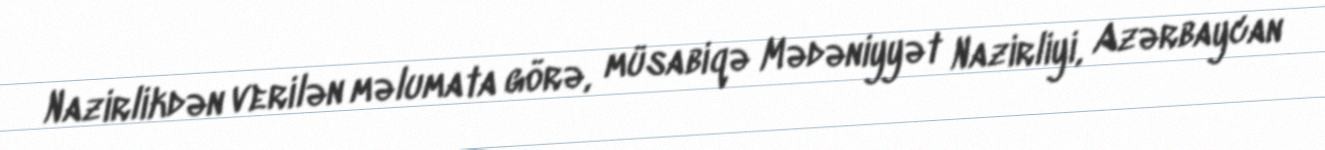
Nazirlikdən verilən məlumata görə, müsabiqə Mədəniyyət Nazirliyi, Azərbaycan